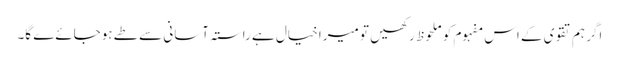
اگر ہم تقوی کے اس مفہوم کو ملحوظ رکھیں تو میرا خیال ہے راستہ آسانی سے طے ہوجائےے گا۔